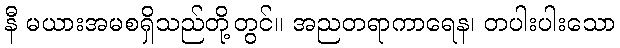
နီ မယားအမစရှိသည်တို့တွင်။ အညတရာကာရေန၊ တပါးပါးသော